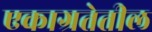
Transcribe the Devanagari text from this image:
एकाग्रतेतील